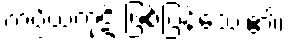
ကပ္ပိယကုဋိ ဖြစ်ပြန်သေး၏၊